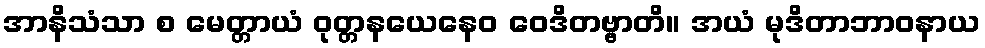
အာနိသံသာ စ မေတ္တာယံ ဝုတ္တနယေနေဝ ဝေဒိတဗ္ဗာတိ။ အယံ မုဒိတာဘာဝနာယ